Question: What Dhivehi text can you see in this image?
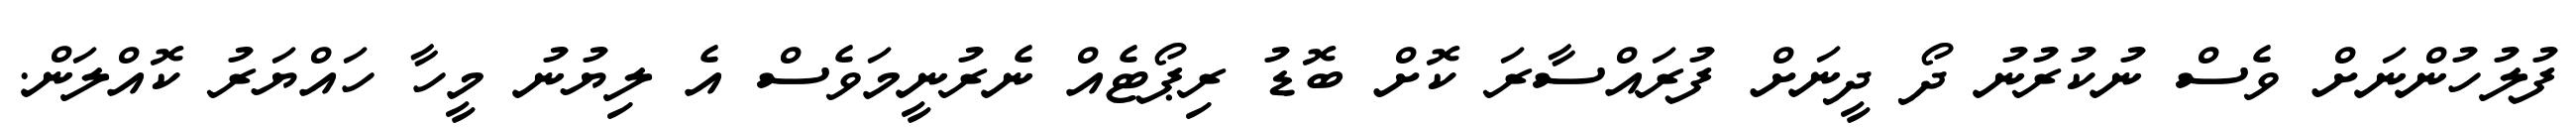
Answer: ފުލުހުންނަށް ވެސް ނުކުރުނު ދޯ ދީނަށް ފުރައްސާރަ ކޮށް ބޮޑު ރިޕޯޓެއް ނެރުނީމަވެސް އެ ލިޔުނު މީހާ ހައްޔަރު ކޮއްލަން.